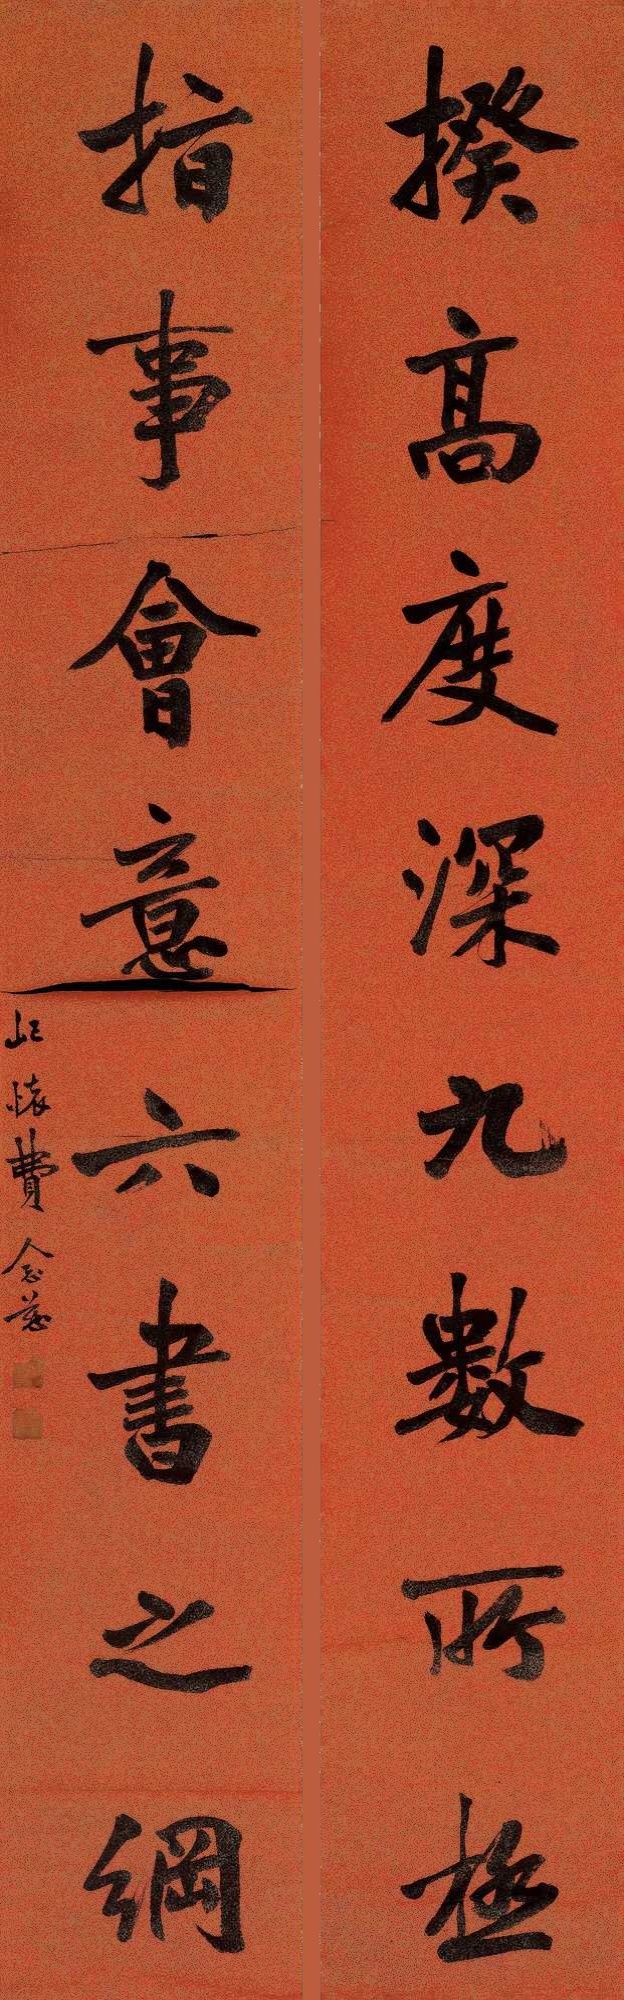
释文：揆高度深九数所极，指事会意六书之纲。屺怀费念慈。